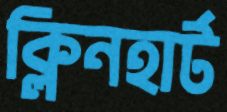
ক্লিনহার্ট